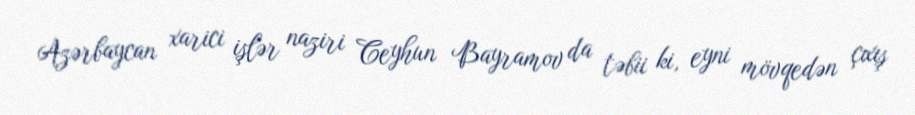
Azərbaycan xarici işlər naziri Ceyhun Bayramov da təbii ki, eyni mövqedən çıxış